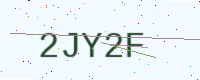
Text: 2JY2F